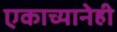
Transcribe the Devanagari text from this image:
एकाच्यानेही